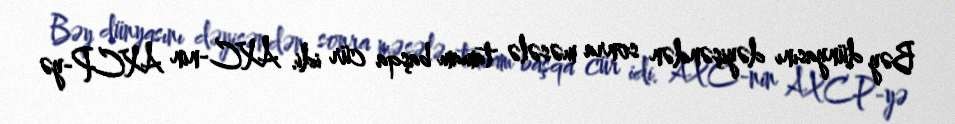
Bəy dünyasını dəyişəndən sonra məsələ tamam başqa cür idi. AXC-nin AXCP-yə